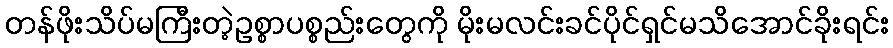
တန်ဖိုးသိပ်မကြီးတဲ့ဥစ္စာပစ္စည်းတွေကို မိုးမလင်းခင်ပိုင်ရှင်မသိအောင်ခိုးရင်း